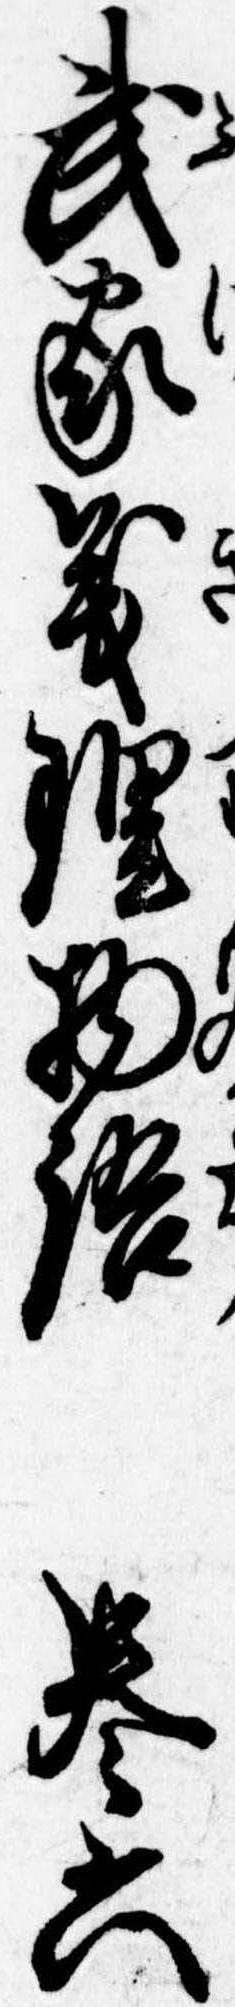
武家義理物語巻六